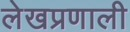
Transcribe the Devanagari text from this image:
लेखप्रणाली